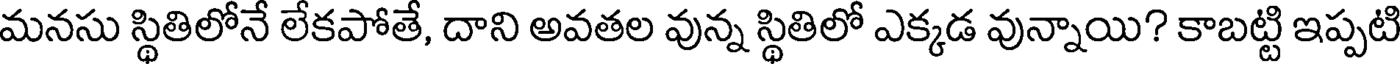
మనసు స్థితిలోనే లేకపోతే, దాని అవతల వున్న స్థితిలో ఎక్కడ వున్నాయి? కాబట్టి ఇప్పటి